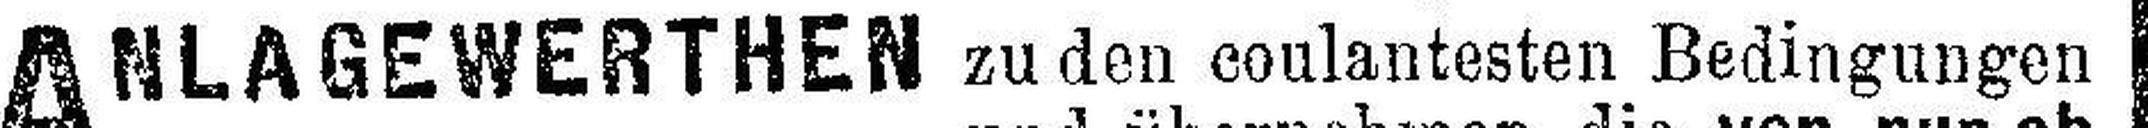
ANLAGEWERTHEN zu den coulantesten Bedingungen